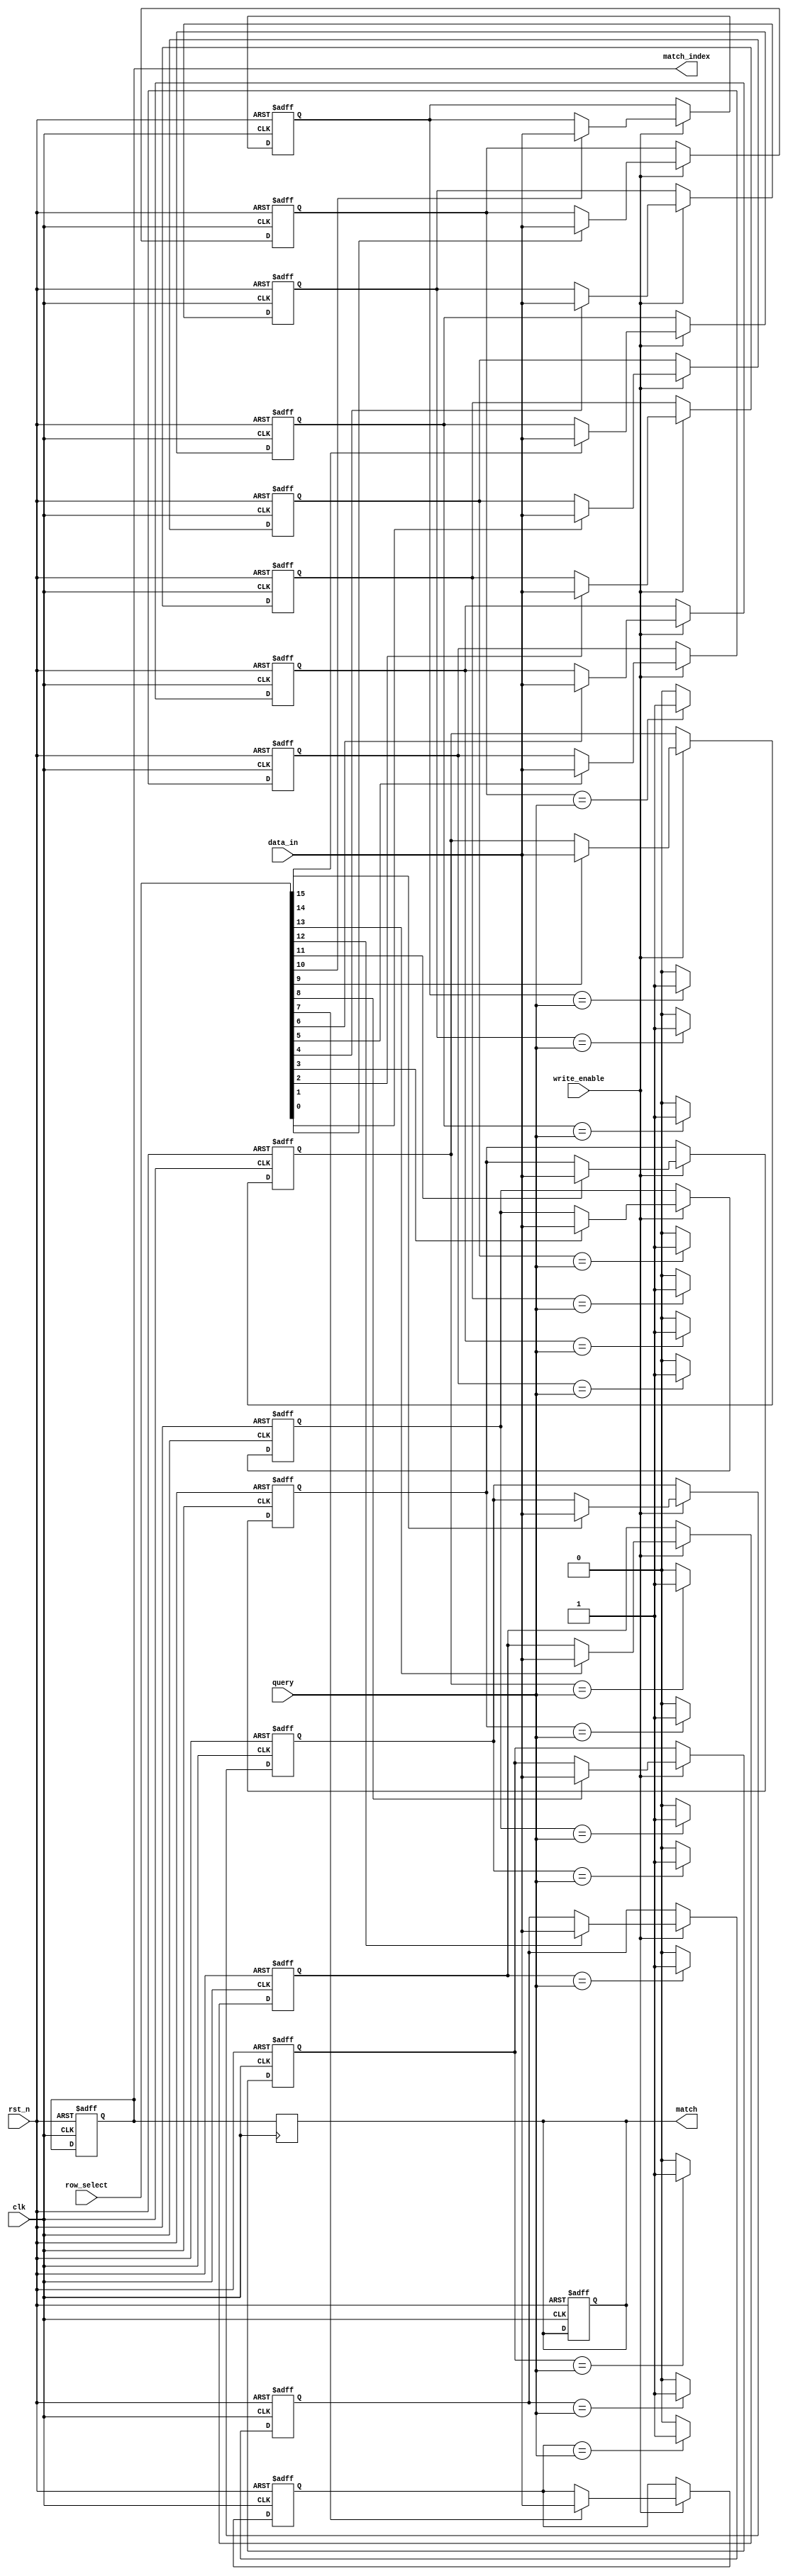
module BCAM #(
    parameter NUM_ROWS = 16,   // Number of entries in the BCAM
    parameter DATA_WIDTH = 8    // Width of each entry
)(
    input wire clk,             // Clock signal
    input wire rst_n,           // Active low reset
    input wire [DATA_WIDTH-1:0] query, // Input query
    input wire write_enable,     // Write enable signal
    input wire [DATA_WIDTH-1:0] data_in, // Data to be written
    input wire [NUM_ROWS-1:0] row_select, // Row select for writing
    output reg [NUM_ROWS-1:0] match, // Match output
    output reg [NUM_ROWS-1:0] match_index // Index of matching rows
);

// Memory array to hold the binary values
reg [DATA_WIDTH-1:0] memory [0:NUM_ROWS-1];

// Internal signals
reg [NUM_ROWS-1:0] temp_match;
integer i;

// Write operation
always @(posedge clk or negedge rst_n) begin
    if (!rst_n) begin
        // Reset memory
        for (i = 0; i < NUM_ROWS; i = i + 1) begin
            memory[i] <= {DATA_WIDTH{1'b0}};
        end
        match <= {NUM_ROWS{1'b0}};
        match_index <= {NUM_ROWS{1'b0}};
    end else if (write_enable) begin
        // Write data to selected rows
        for (i = 0; i < NUM_ROWS; i = i + 1) begin
            if (row_select[i]) begin
                memory[i] <= data_in;
            end
        end
    end
end

// Comparison logic
always @(*) begin
    temp_match = {NUM_ROWS{1'b0}};
    match_index = {NUM_ROWS{1'b0}};
    
    // Compare each memory entry with the query
    for (i = 0; i < NUM_ROWS; i = i + 1) begin
        if (memory[i] == query) begin
            temp_match[i] = 1'b1; // Match found
            match_index[i] = 1'b1; // Mark the matching index
        end
    end
end

// Match output
always @(posedge clk) begin
    match <= temp_match; // Update match output
end

endmodule